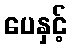
ပေနှင့်